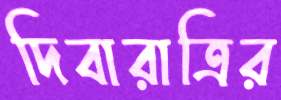
দিবারাত্রির